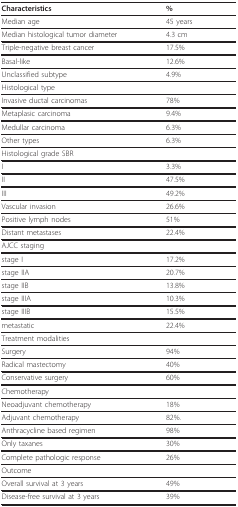
<table><thead><tr><td><b>Characteristics</b></td><td><b>%</b></td></tr></thead><tbody><tr><td>Median age</td><td>45 years</td></tr><tr><td>Median histological tumor diameter</td><td>4.3 cm</td></tr><tr><td>Triple-negative breast cancer</td><td>17.5%</td></tr><tr><td>Basal-like</td><td>12.6%</td></tr><tr><td>Unclassified subtype</td><td>4.9%</td></tr><tr><td colspan="2">Histological type</td></tr><tr><td>Invasive ductal carcinomas</td><td>78%</td></tr><tr><td>Metaplasic carcinoma</td><td>9.4%</td></tr><tr><td>Medullar carcinoma</td><td>6.3%</td></tr><tr><td>Other types</td><td>6.3%</td></tr><tr><td colspan="2">Histological grade SBR</td></tr><tr><td>I</td><td>3.3%</td></tr><tr><td>II</td><td>47.5%</td></tr><tr><td>III</td><td>49.2%</td></tr><tr><td>Vascular invasion</td><td>26.6%</td></tr><tr><td>Positive lymph nodes</td><td>51%</td></tr><tr><td>Distant metastases</td><td>22.4%</td></tr><tr><td colspan="2">AJCC staging</td></tr><tr><td>stage I</td><td>17.2%</td></tr><tr><td>stage IIA</td><td>20.7%</td></tr><tr><td>stage IIB</td><td>13.8%</td></tr><tr><td>stage IIIA</td><td>10.3%</td></tr><tr><td>stage IIIB</td><td>15.5%</td></tr><tr><td>metastatic</td><td>22.4%</td></tr><tr><td colspan="2">Treatment modalities</td></tr><tr><td>Surgery</td><td>94%</td></tr><tr><td>Radical mastectomy</td><td>40%</td></tr><tr><td>Conservative surgery</td><td>60%</td></tr><tr><td colspan="2">Chemotherapy</td></tr><tr><td>Neoadjuvant chemotherapy</td><td>18%</td></tr><tr><td>Adjuvant chemotherapy</td><td>82%.</td></tr><tr><td>Anthracycline based regimen</td><td>98%</td></tr><tr><td>Only taxanes</td><td>30%</td></tr><tr><td>Complete pathologic response</td><td>26%</td></tr><tr><td colspan="2">Outcome</td></tr><tr><td>Overall survival at 3 years</td><td>49%</td></tr><tr><td>Disease-free survival at 3 years</td><td>39%</td></tr></tbody></table>